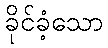
ခိုင်ခံ့သော